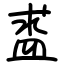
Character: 盚